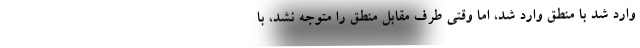
وارد شد با منطق وارد شد، اما وقتی طرف مقابل منطق را متوجه نشد، با